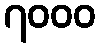
၇၀၀၀